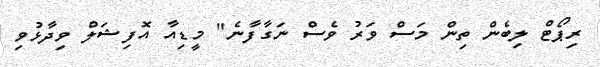
ރިޕޯޓް ލިބެން ތިން މަސް ވަރު ވެސް ނަގާފާނެ" މީޑިއާ އޮފިޝަލް ވިދާޅުވި